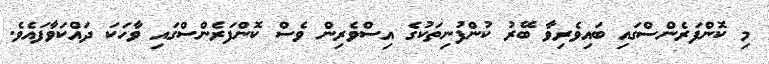
މި ކޮންފަރެންސްގައި ބައިވެރިވާ ބޭރު ކުންފުނިތަކުގެ އިސްވެރިން ވެސް ކޮންފަރެންސްގައި ވާހަކަ ދައްކަވާފައެވެ.